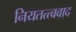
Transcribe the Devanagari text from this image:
नियतत्त्ववाद